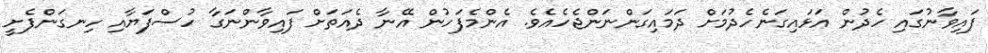
ފައިވާނުގައި ހެދުން އަޅައިގަނެހެދުމަށް ދަމައިގަންނަންޖެހެއެވެ. އެންމެފަހުން އޭނާ ދެއަތަށް ފައިވާންނަގާ ހުސްފަޔާއި ހިނގަންފެށީ